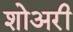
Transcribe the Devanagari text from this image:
शोअरी